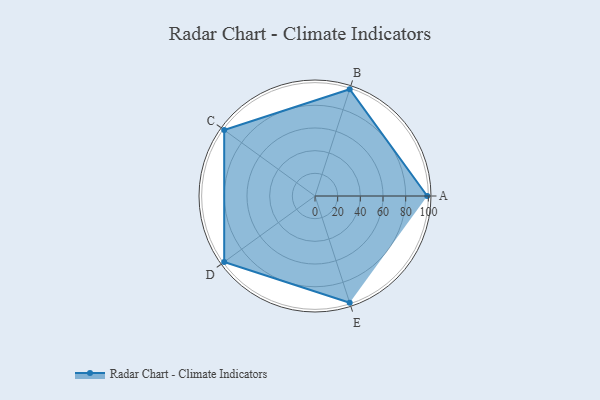
{"axis": {"x": "Skill", "y": "Score"}, "legend": ["Profile"], "data": [{"x": "A", "y": 99, "type": "Profile"}, {"x": "B", "y": 99, "type": "Profile"}, {"x": "C", "y": 99, "type": "Profile"}, {"x": "D", "y": 99, "type": "Profile"}, {"x": "E", "y": 99, "type": "Profile"}]}